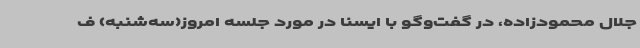
جلال محمودزاده، در گفت‌وگو با ایسنا در مورد جلسه امروز(سه‌شنبه) ف